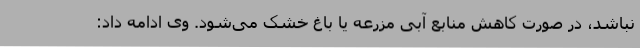
نباشد، در صورت کاهش منابع آبی مزرعه یا باغ خشک می‌شود. وی ادامه داد: